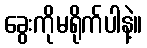
ခွေးကိုမရိုက်ပါနဲ့။